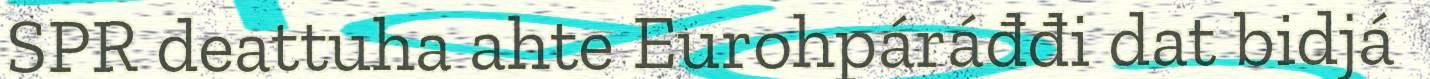
SPR deattuha ahte Eurohpáráđđi dat bidjá